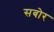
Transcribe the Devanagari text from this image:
सबोर